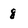
Character: 8